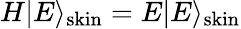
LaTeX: H|E\rangle_{\mathrm{skin}}=E|E\rangle_{\mathrm{skin}}